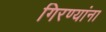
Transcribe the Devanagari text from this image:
गिरण्यांना